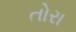
તોરા